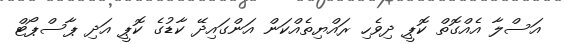
އަސްލާ އެއްގޮތް ކޮޕީ ދިވެހި ރައްޔިތެއްކަން އަންގައިދޭ ކާޑުގެ ކޮޕީ އަދި ޕާސްޕޯޓް